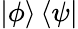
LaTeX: |\phi\rangle\, \langle\psi|